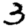
Digit: 3